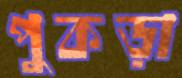
পুকড়া